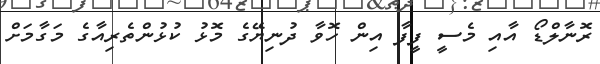
ރޮނާލްޑޯ އާއި މެސީ ފީފާ އިން ހޮވާ ދުނިޔޭގެ މޮޅު ކުޅުންތެރިއާގެ މަގާމަށް